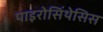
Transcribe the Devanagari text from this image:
पाइरोसिंथेसिस